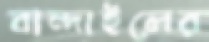
বান্দাইলের